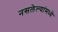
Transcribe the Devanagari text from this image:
नसलेल्यांमध्ये